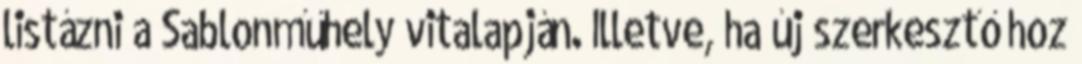
listázni a Sablonműhely vitalapján. Illetve, ha új szerkesztő hoz